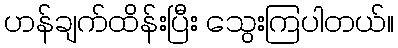
ဟန်ချက်ထိန်းပြီး သွေးကြပါတယ်။